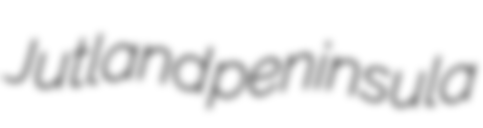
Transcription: Jutland peninsula